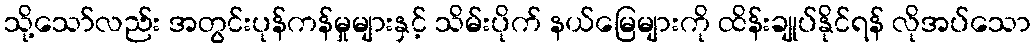
သို့သော်လည်း အတွင်းပုန်ကန်မှုများနှင့် သိမ်းပိုက် နယ်မြေများကို ထိန်းချုပ်နိုင်ရန် လိုအပ်သော